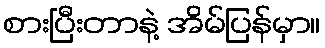
စားပြီးတာနဲ့ အိမ်ပြန်မှာ။